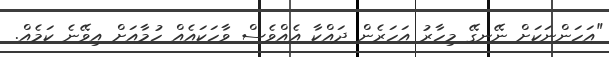
"އަހަންނަކަށް ނޭނގޭ މިހާރު އަހަރެން ދައްކާ އެެއްވެސް ވާހަކައެއް ހުމާއަށް އިވޭނެ ކަމެއް.